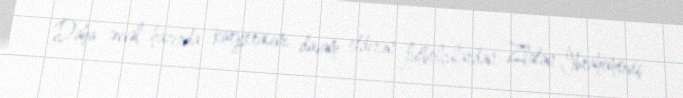
Daha əvvəl hazırda karyerasını davam etdirən futbolçulardan Zlatan İbrahimoviç